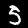
Digit: 5